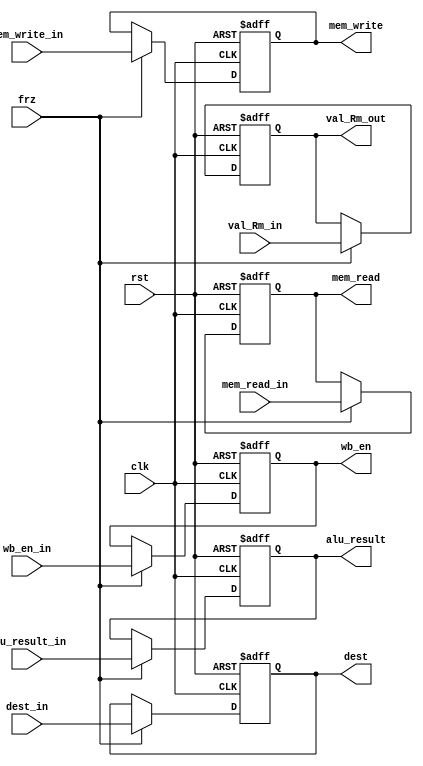
module ExeReg(clk, rst, frz, wb_en_in, mem_read_in, mem_write_in, alu_result_in, val_Rm_in, dest_in
        , wb_en, mem_read, mem_write, alu_result, val_Rm_out, dest);
    input clk, rst, frz, wb_en_in, mem_read_in, mem_write_in;
    input [31:0]alu_result_in, val_Rm_in;
    input [3:0]dest_in;

    output reg wb_en, mem_read, mem_write;
    output reg [31:0]alu_result, val_Rm_out;
    output reg [3:0]dest;

    always @(posedge clk, posedge rst) begin
        if(rst) begin
            wb_en <= 0;
            mem_read <= 0;
            mem_write <= 0;
            alu_result <= 0;
            val_Rm_out <= 0;
            dest <= 0;
        end
        else if(frz) begin
            wb_en <= wb_en_in;
            mem_read <= mem_read_in;
            mem_write <= mem_write_in;
            alu_result <= alu_result_in;
            val_Rm_out <= val_Rm_in;    
            dest <= dest_in;
        end
    end
endmodule